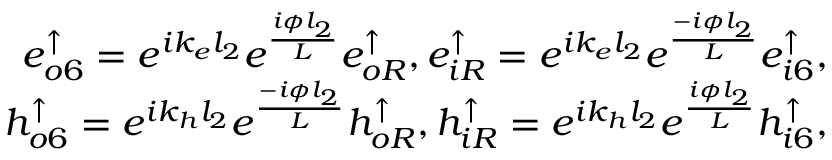
\begin{array} { r } { e _ { o 6 } ^ { \uparrow } = e ^ { i k _ { e } l _ { 2 } } e ^ { \frac { i \phi l _ { 2 } } { L } } e _ { o R } ^ { \uparrow } , e _ { i R } ^ { \uparrow } = e ^ { i k _ { e } l _ { 2 } } e ^ { \frac { - i \phi l _ { 2 } } { L } } e _ { i 6 } ^ { \uparrow } , } \\ { h _ { o 6 } ^ { \uparrow } = e ^ { i k _ { h } l _ { 2 } } e ^ { \frac { - i \phi l _ { 2 } } { L } } h _ { o R } ^ { \uparrow } , h _ { i R } ^ { \uparrow } = e ^ { i k _ { h } l _ { 2 } } e ^ { \frac { i \phi l _ { 2 } } { L } } h _ { i 6 } ^ { \uparrow } , } \end{array}